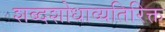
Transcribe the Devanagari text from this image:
शब्दशोधाव्यतिरिक्त